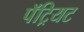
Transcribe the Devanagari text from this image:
पॅट्रियट